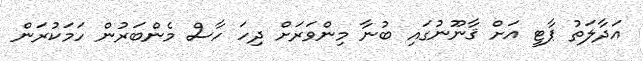
އަދާލަތު ޕާޓީ އަށް ޤާނޫނުގައި ބުނާ މިންވަރަށް ދިހަ ހާސް މެންބަރުން ހަމަކުރަން